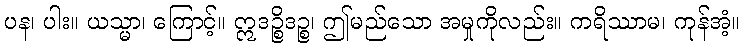
ပန၊ ပါး။ ယသ္မာ၊ ကြောင့်။ ဣဒဉ္စိဒဉ္စ၊ ဤမည်သော အမှုကိုလည်း။ ကရိဿာမ၊ ကုန်အံ့။